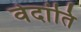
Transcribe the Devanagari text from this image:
वेदांति